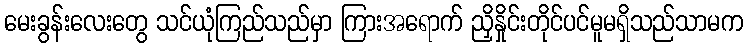
မေးခွန်းလေးတွေ သင်ယုံကြည်သည်မှာ ကြားအရောက် ညှိနှိုင်းတိုင်ပင်မူမရှိသည်သာမက